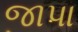
જાપા